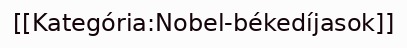
[[Kategória:Nobel-békedíjasok]]